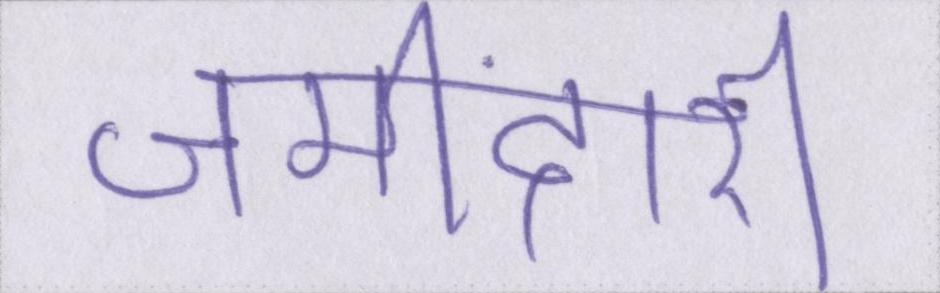
जमींदारी